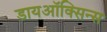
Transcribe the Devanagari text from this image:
डायऑक्सिन्स